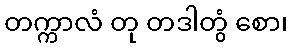
တက္ကာလံ တု တဒါတွံ စော၊